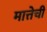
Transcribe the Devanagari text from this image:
मात्तेची